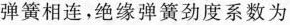
弹簧相连，绝缘弹簧劲度系数为